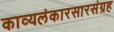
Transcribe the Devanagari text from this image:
काव्यलंकारसारसंग्रह